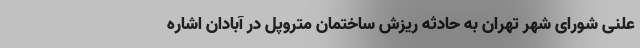
علنی شورای شهر تهران به حادثه ریزش ساختمان متروپل در آبادان اشاره